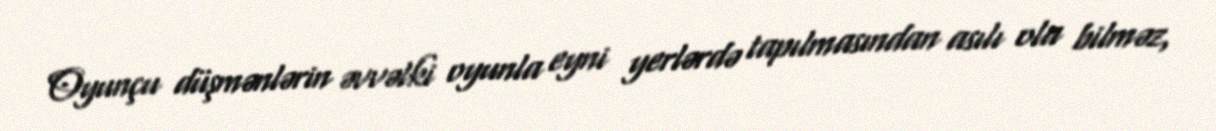
Oyunçu düşmənlərin əvvəlki oyunla eyni yerlərdə tapılmasından asılı ola bilməz,